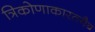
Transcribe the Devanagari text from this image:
त्रिकोणाकारतयैब